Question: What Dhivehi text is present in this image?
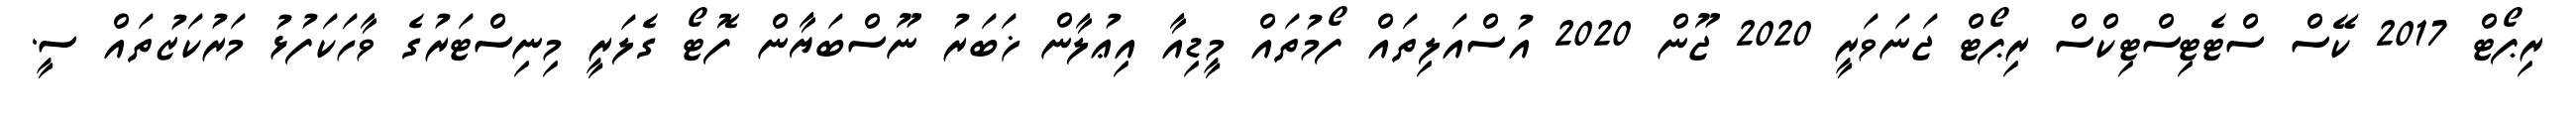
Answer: ރިޕޯޓް 2017 ކޭސް ސްޓެޓިސްޓިކްސް ރިޕޯޓް ޖަނަވަރީ 2020 ޖޫން 2020 އުސްއަލިތައް ފޯމުތައް މީޑިއާ އިޢުލާން ޚަބަރު ނޫސްބަޔާން ފޮޓޯ ގެލަރީ މިނިސްޓަރުގެ ވާހަކަފުޅު މަރުކަޒުތައް ސީ.